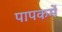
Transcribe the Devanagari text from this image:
पापकर्मे